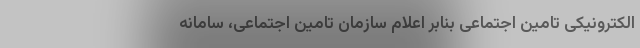
الکترونیکی تامین اجتماعی بنابر اعلام سازمان تامین اجتماعی، سامانه